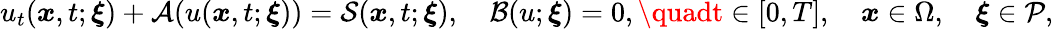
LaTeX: u_{t}(\boldsymbol{\mathit{x}},t;\boldsymbol{\xi})+\mathcal{{A}}(u(\boldsymbol{\mathit{x}},t;\boldsymbol{\xi}))=\mathcal{{S}}(\boldsymbol{\mathit{x}},t;\boldsymbol{\xi}),\quad\mathcal{{B}}(u;\boldsymbol{\xi})=0,\quadt\in[0,T],\quad\boldsymbol{\mathit{x}}\in\Omega,\quad\boldsymbol{\xi}\in\mathcal{{P}},